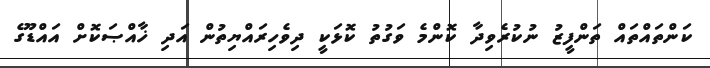
ކަންތައްތައް ތަންފީޒު ނުކުރެވިދާ ކޮންމެ ވަގުތު ކޮޅަކީ ދިވެހިރައްޔިތުން އަދި ޚާއްޞަކޮށް އައްޑޫގެ